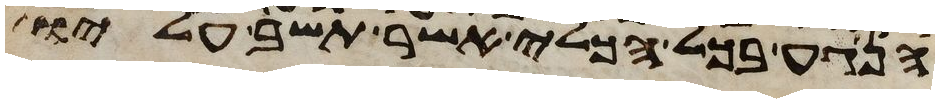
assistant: הנגע בכל הכלי אשר תשב עליו